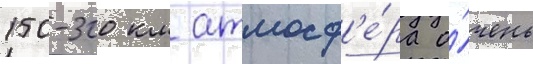
150-300 км атмосф'е́ра о́чень